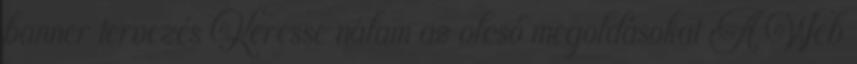
banner tervezés Keresse nálam az olcsó megoldásokat A Web